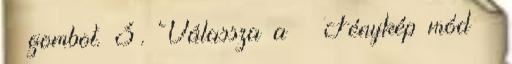
gombot. 3. Válassza a → Fénykép mód →